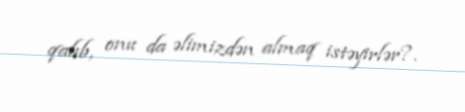
qalıb, onu da əlimizdən almaq istəyirlər?.